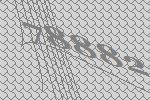
78882